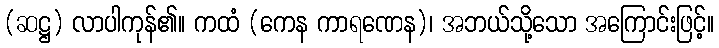
(ဆဋ္ဌ) လာပါကုန်၏။ ကထံ (ကေန ကာရဏေန)၊ အဘယ်သို့သော အကြောင်းဖြင့်။